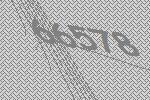
66578